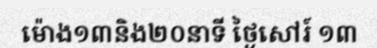
ម៉ោង១៣និង២០នាទី ថ្ងៃសៅរ៍ ១៣